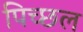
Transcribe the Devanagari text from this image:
पिच्छल